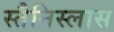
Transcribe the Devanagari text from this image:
स्तैनिस्लास